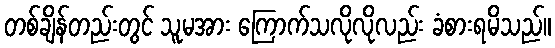
တစ်ချိန်တည်းတွင် သူမအား ကြောက်သလိုလိုလည်း ခံစားရမိသည်။